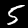
Digit: 5